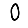
Digit: 0